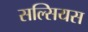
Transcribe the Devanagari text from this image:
सल्सियस